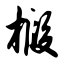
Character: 椴